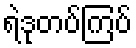
ရဲဒုတပ်ကြပ်